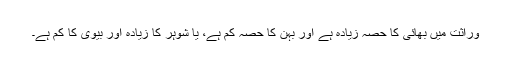
وراثت میں بھائی کا حصہ زیادہ ہے اور بہن کا حصہ کم ہے، یا شوہر کا زیادہ اور بیوی کا کم ہے۔